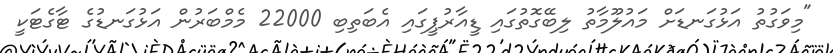
"މިވަގުތު އަޅުގަނޑަށް މައުލޫމާތު ލިބޭގޮތުގައި ޑީއާރުޕީގައި އެބަތިބި 22000 މެމްބަރުން އަޅުގަނޑުގެ ޓާގެޓަކީ